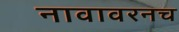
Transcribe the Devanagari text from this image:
नावावरनच